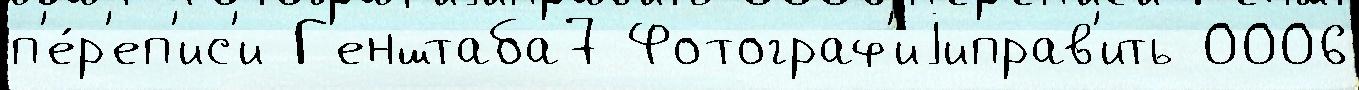
п'е́р'еп'ис'и Г'енштаба7 Фотограф'иjиправ'ить 0006